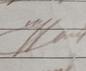
Signature authenticity: genuine